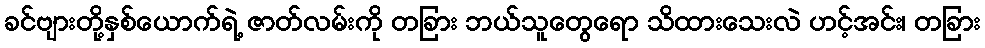
ခင်ဗျားတို့နှစ်ယောက်ရဲ့ ဇာတ်လမ်းကို တခြား ဘယ်သူတွေရော သိထားသေးလဲ ဟင့်အင်း၊ တခြား